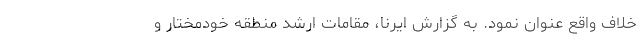
خلاف واقع عنوان نمود. به گزارش ایرنا، مقامات ارشد منطقه خودمختار و